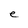
Character: e